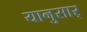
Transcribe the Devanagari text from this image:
यानुसार्